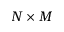
N \times M